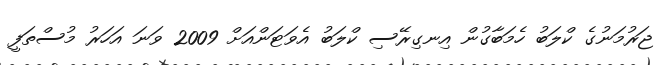
ޖަރުމަނުގެ ކްލަބު ހެމަބާގުން އިނގިރޭސި ކްލަބު އެވަޓަންއަށް 2009 ވަނަ އަހަރު މުސްތަފީ